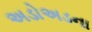
અડોઅડના